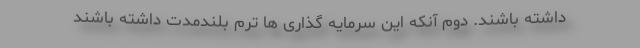
داشته باشند. دوم آنکه این سرمایه گذاری ها ترم بلندمدت داشته باشند